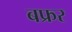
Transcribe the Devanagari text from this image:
बफ्रर